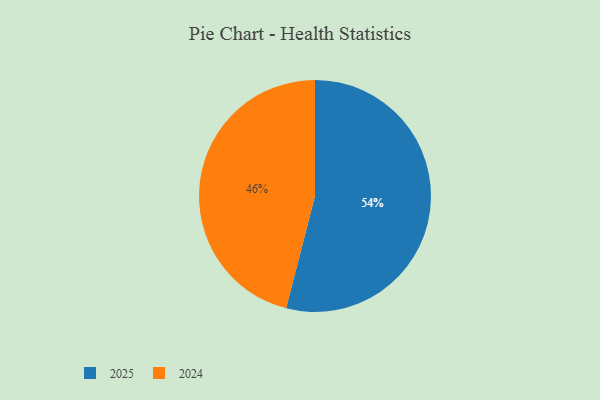
{"axis": {"x": "Category", "y": "Percentage"}, "legend": ["2024", "2025"], "data": [{"x": "2025", "y": 54, "type": "2025"}, {"x": "2024", "y": 46, "type": "2024"}]}